Annual report on the mental hospital in the Central Provinces and Berar (Nagpur) - 1927-1951
Year: 1927
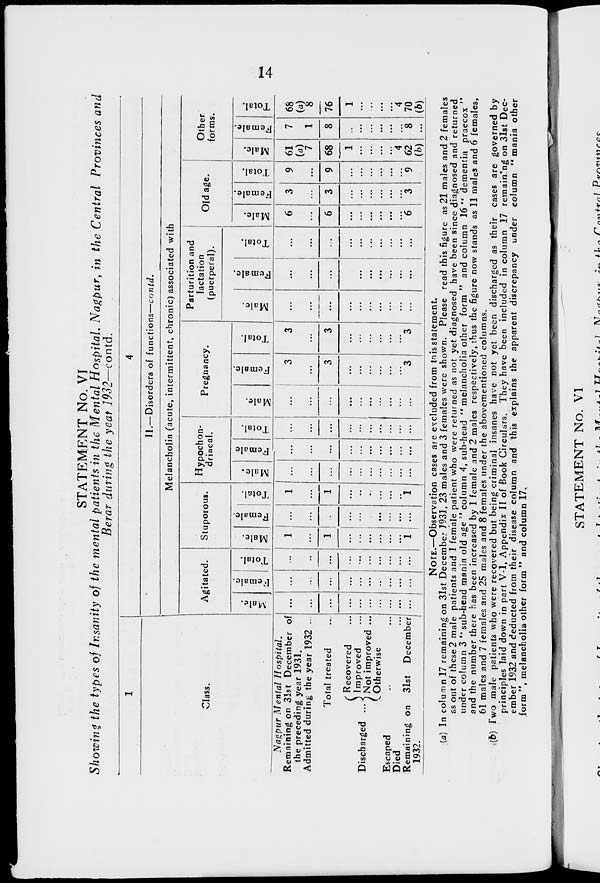
14
STATEMENT No. VI
Showing the types of Insanity of the mental patients in the Mental Hospital, Nagpur, in the Central Provinces and
Berar during the year 1932—contd.
1
Class.
Nagpur Mental
Hospital.
Remaining on 31st December of
the preceding year 1931.
Admitted during the year 1932 ...
Total treated ...
Discharged ...
Recovered ...
Improved ...
Not improved ...
Otherwise ...
Escaped ... ...
Died ... ...
Remaining on 31st December
1932.
4
II.—Disorders of functions—contd.
Melancholia (acute, intermittent, chronic) associated with
Agitated.
Male.
...
...
...
...
...
...
...
...
...
...
Female.
...
...
...
...
...
...
...
...
...
...
Total.
...
...
...
...
...
...
...
...
...
...
Stuporous.
Male.
1
...
1
...
...
...
...
...
...
1
Female.
...
...
...
...
...
...
...
...
...
...
Total.
1
...
1
...
...
...
...
...
...
1
Hypochon-
driacal.
Male.
...
...
...
...
...
...
...
...
...
...
Female.
...
...
...
...
...
...
...
...
...
...
Total.
...
...
...
...
...
...
...
...
...
...
Pregnancy.
Male.
...
...
...
...
...
...
...
...
...
...
Female.
3
...
3
...
...
...
...
...
...
3
Total.
3
...
3
...
...
...
...
...
...
3
Parturition and
lactation
(puerperal).
Male.
...
...
...
...
...
...
...
...
...
...
Female.
...
...
...
...
...
...
...
...
...
...
Total.
...
...
...
...
...
...
...
...
...
...
Old age.
Male.
6
...
6
...
...
...
...
...
...
6
Female.
3
...
3
...
...
...
...
...
...
3
Total.
9
...
9
...
...
...
...
...
...
9
Other
forms.
Male.
61
(a)
7
68
1
...
...
...
...
4
62
(b)
Female.
7
1
8
...
...
...
...
...
...
8
Total.
68
8
76
1
...
...
...
...
4
70
(b)
NOTE.—Observation cases are excluded from this statement.
(a) In column 17 remaining on 31st December 1931, 23 males and 3 females were shown. Please read this figure as 21 males and 2 females
as out of these 2 male patients and 1 female patient who were returned as not yet diagnosed have been since diagnosed and returned
under column 3 " sub-head mania old age " column 4, sub-head " melancholia other form " and column 16 " dementia praecox "
and the number there has been increased by 1 female and 2 males respectively, thus the figure now stands as 11 males and 6 females,
61 males and 7 females and 25 males and 8 females under the abovementioned columns.
(b) Two male patients who were recovered but being criminal insanes have not yet been discharged as their cases are governed by
principles laid down in part V-1, Appendix II of Book Circulars. They have been included in column 17 remaining on 31st Dec-
ember 1932 and deducted from their disease column and this explains the apparent discrepancy under column "mania other
form", melancholia other form " and column 17.